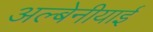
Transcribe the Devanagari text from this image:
अल्बेनीयाई